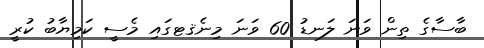
ބާސާގެ ތިން ވަނަ ލަނޑު 60 ވަނަ މިނެޤޓގައި މެސީ ކަމިޔާބު ކުރީ